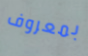
بمعروف